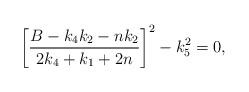
LaTeX: \begin{align*}\left[\frac{B-k_4k_2-nk_2}{2k_4+k_1+2n}\right]^2-k_5^2=0,\end{align*}